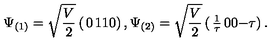
\Psi _ { ( 1 ) } = \sqrt { \frac { V } { 2 } } \left( \begin{matrix} { 0 } & { 1 } \\ { 1 } & { 0 } \\ \end{matrix} \right) , \Psi _ { ( 2 ) } = \sqrt { \frac { V } { 2 } } \left( \begin{matrix} { \frac { 1 } { \tau } } & { 0 } \\ { 0 } & { - \tau } \\ \end{matrix} \right) .